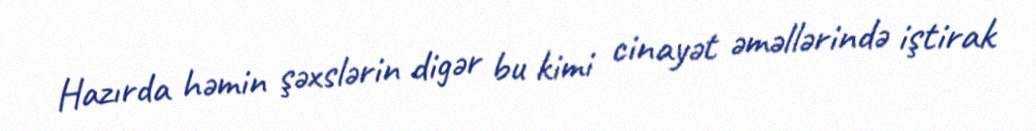
Hazırda həmin şəxslərin digər bu kimi cinayət əməllərində iştirak